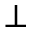
\perp